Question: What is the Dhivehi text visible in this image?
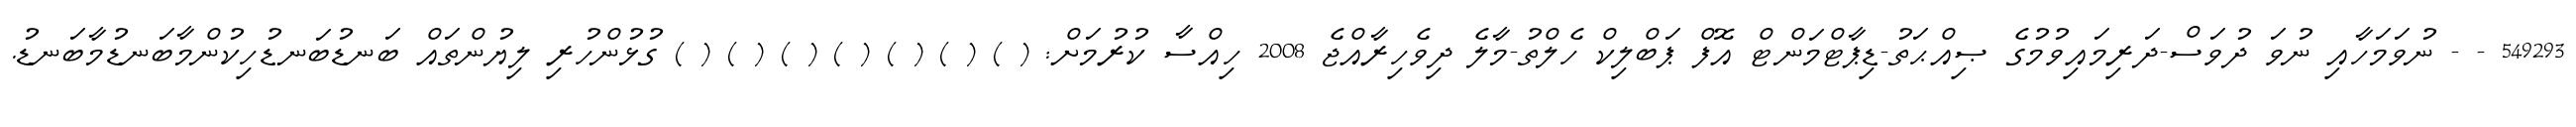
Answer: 549293 - - ނުވަމަހާއި ނުވަ ދުވަސް-ދަރިމައިވުމުގެ ޞިއްޙަތު-ޑިޕާޓްމަންޓް އޮފް ޕަބްލިކް ހެލްތު-މާލެ ދިވެހިރާއްޖެ 2008 ހިއްސާ ކުރުމަށް: ( ) ( ) ( ) ( ) ( ) ( ) ( ) ގުޅުންހުރި ލިޔުންތައް ބަނޑުބަނޑުހިކުންމާބަނޑުމާބަނޑު.